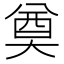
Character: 奠